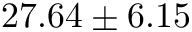
2 7 . 6 4 \pm 6 . 1 5